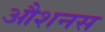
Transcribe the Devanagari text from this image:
औशनस